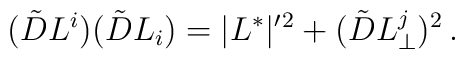
(\tilde D L^i)(\tilde D L_i)= |L^*|' {}^2 +  (\tilde D L^j_\perp)^2\,.